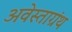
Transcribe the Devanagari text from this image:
अवेस्ताग्रंथ